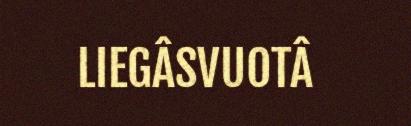
LIEGÂSVUOTÂ